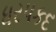
ધરપકદ